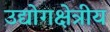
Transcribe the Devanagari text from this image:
उद्योगक्षेत्रीय